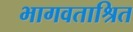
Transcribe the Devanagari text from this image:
भागवताश्रित